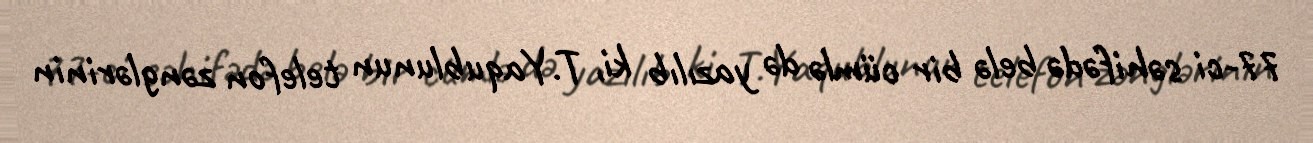
77-ci səhifədə belə bir cümlə də yazılıb ki, T.Yaqublunun telefon zənglərinin